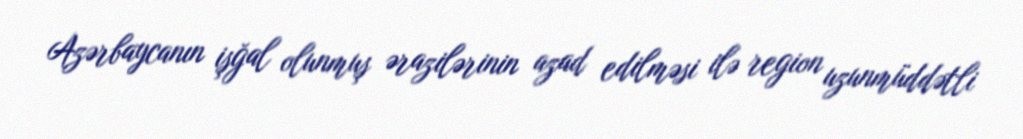
Azərbaycanın işğal olunmuş ərazilərinin azad edilməsi ilə region uzunmüddətli